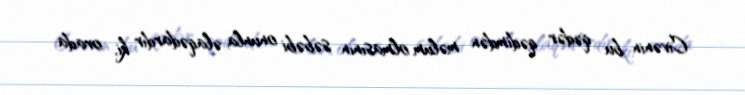
Civənin bu qədər qədimdən məlum olmasının səbəbi onunla əlaqədardır ki, orada